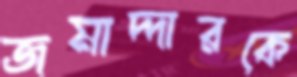
জমাদ্দারকে